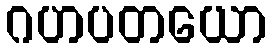
ဂဟပတယော